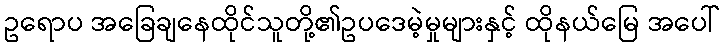
ဥရောပ အခြေချနေထိုင်သူတို့၏ဥပဒေမဲ့မှုများနှင့် ထိုနယ်မြေ အပေါ်